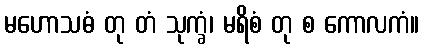
မဟောသဓံ တု တံ သုက္ခံ၊ မရိစံ တု စ ကောလကံ။